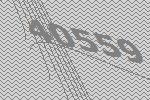
40559